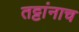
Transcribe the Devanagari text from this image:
तट्टांनाच